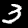
Label: 3